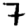
Digit: 7